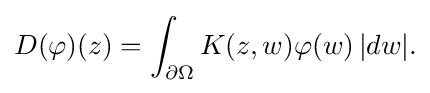
\displaystyle {D(\varphi )(z)=\int _{\partial \Omega }K(z,w)\varphi (w)\,|dw|.}